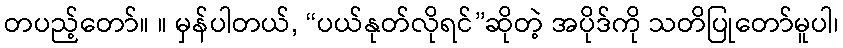
တပည့်တော်။ ။ မှန်ပါတယ်, “ပယ်နုတ်လိုရင်”ဆိုတဲ့ အပိုဒ်ကို သတိပြုတော်မူပါ၊